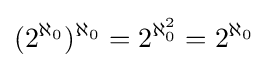
(2^{\aleph _{0}})^{\aleph _{0}}=2^{\aleph _{0}^{2}}=2^{\aleph _{0}}